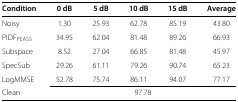
| Condition | 0 dB | 5 dB | 10 dB | 15 dB | Average |
 | --- | --- | --- | --- | --- | --- |
 | Noisy | 1.30 | 25.93 | 62.78 | 85.19 | 43.80 |
 | PIDFPEASS | 34.95 | 62.04 | 81.48 | 89.26 | 66.93 |
 | Subspace | 8.52 | 27.04 | 66.85 | 81.48 | 45.97 |
 | SpecSub | 29.26 | 61.11 | 79.26 | 90.74 | 65.23 |
 | LogMMSE | 52.78 | 75.74 | 86.11 | 94.07 | 77.17 |
 | Clean | <COLSPAN=5> 97.78 |